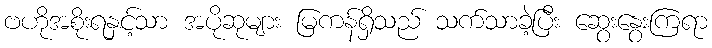
ဗဟိုအစိုးရနှင့်သာ အပိုဆုများ မြကန်ရှိသည် သက်သာခဲ့ပြီး ဆွေးနွေးကြရာ